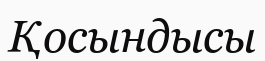
Қосындысы